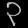
Digit: ၃